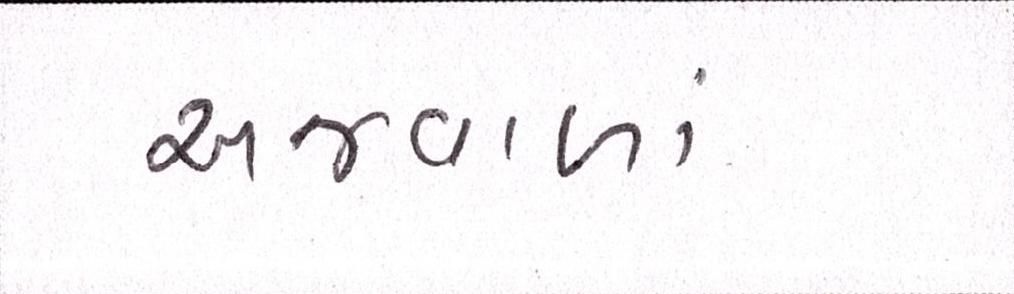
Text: અજવાળાં